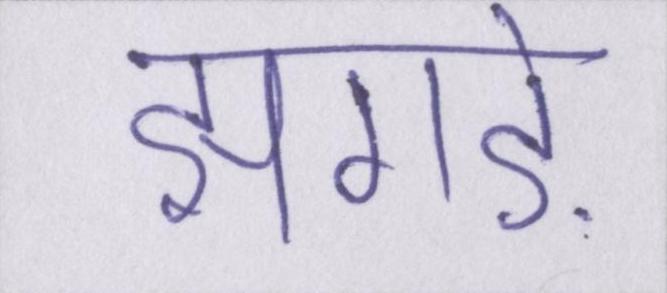
झगड़े